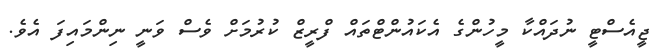
ޖީއެސްޓީ ނުދައްކާ މީހުންގެ އެކައުންޓްތައް ފްރީޒް ކުރުމަށް ވެސް ވަނީ ނިންމައިފަ އެވެ.